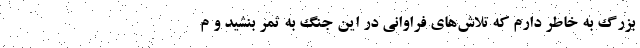
بزرگ به خاطر دارم که تلاش‌های فراوانی در این جنگ به ثمر بنشید و م